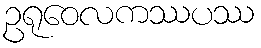
ဥရုဝေလကဿပဿ